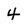
Character: 4